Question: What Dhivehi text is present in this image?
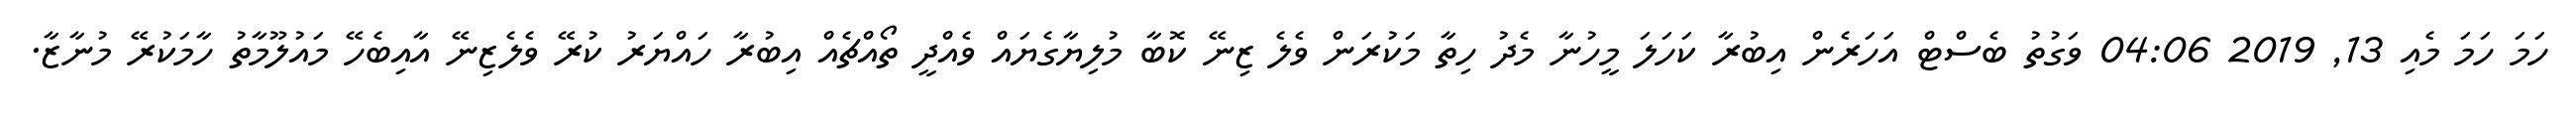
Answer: ހަމަ ހަމަ މެއި 13, 2019 04:06 ވަގުތު ބެސްޓް އަހަރެން އިބުރާ ކަހަލަ މީހުނާ މެދު ހިތާ މަކުރަން ވެލެ ޒިނޭ ކޮބާ މުލިޔާގެޔައް ވެއްދީ ތޯއްޗެއް އިބުރާ ހައްޔަރު ކުރޭ ވެލެޒިނޭ އާއިބެހޭ މައުލޫމާތު ހާމަކުރޭ މުނާޒާ.